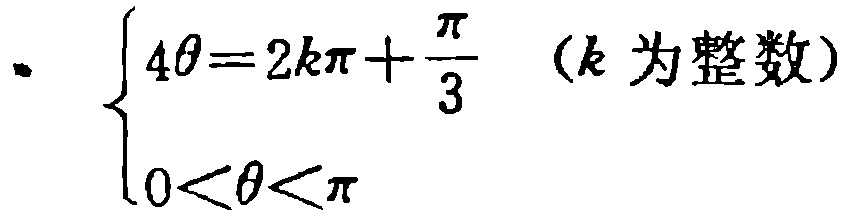
\[
\begin{cases}
4\theta = 2k\pi+\frac{\pi}{3} & (k\text{ 为整数}) \\
0<\theta<\pi
\end{cases}
\]